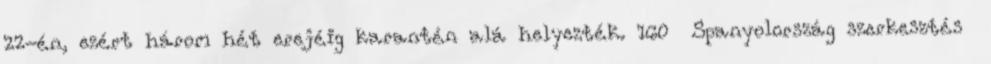
22-én, ezért három hét erejéig karantén alá helyezték. 160 Spanyolország szerkesztés